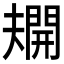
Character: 𫯿